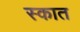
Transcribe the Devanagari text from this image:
स्कात